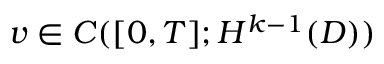
v \in C ( [ 0 , T ] ; H ^ { k - 1 } ( D ) )